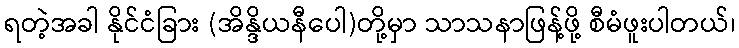
ရတဲ့အခါ နိုင်ငံခြား (အိန္ဒိယနီပေါ)တို့မှာ သာသနာဖြန့်ဖို့ စီမံဖူးပါတယ်၊